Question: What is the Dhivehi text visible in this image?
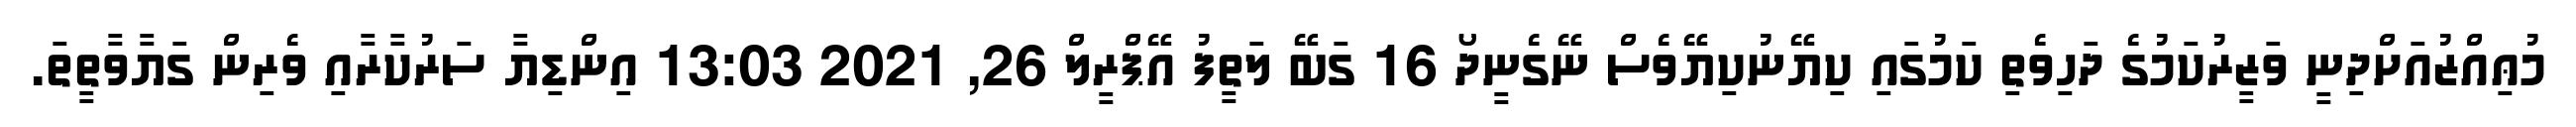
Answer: މުޢިއްޒުއަށްދިނީ ވަޒީރުކަމުގެ ދަހިވެތި ކަމުގައި ކިޔޭނުކިޔޭވެސް ނޭގެނީދޯ 16 ގަބޭ ލަތީފު އޭޕްރީލް 26, 2021 13:03 އިންޑިޔާ ސަރުކާރާއި ވެރިން ގަޔާވާތީތަ.